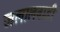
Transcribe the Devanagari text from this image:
जलालवाडी